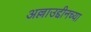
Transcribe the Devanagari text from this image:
अल्लाउद्दीनच्या